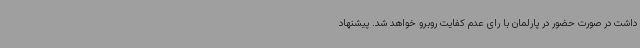
داشت در صورت حضور در پارلمان با رای عدم کفایت روبرو خواهد شد. پیشنهاد